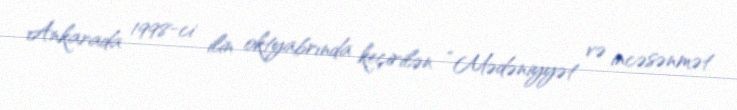
Ankarada 1998-ci ilin oktyabrında keçirilən “Mədəniyyət və incəsənmət